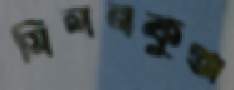
মিলনকুঞ্জ